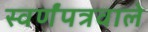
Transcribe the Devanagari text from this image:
स्वर्णंपत्रवाले